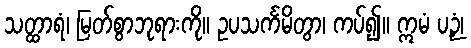
သတ္ထာရံ၊ မြတ်စွာဘုရားကို။ ဥပသင်္ကမိတွာ၊ ကပ်၍။ ဣမံ ပဉှံ၊